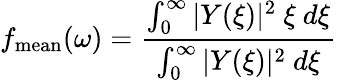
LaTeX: f_{\mathrm{mean}}(\omega)=\frac{\int_{0}^{\infty}|Y(\xi)|^{2}~\xi~d\xi}{\int_{0}^{\infty}|Y(\xi)|^{2}~d\xi}